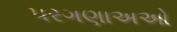
પરગણાઅઓ